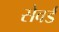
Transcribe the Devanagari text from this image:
सेवर्ड